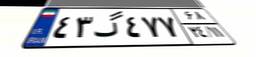
۴۳گ۴۷۷۶۸